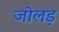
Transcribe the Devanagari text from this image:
जोलड़